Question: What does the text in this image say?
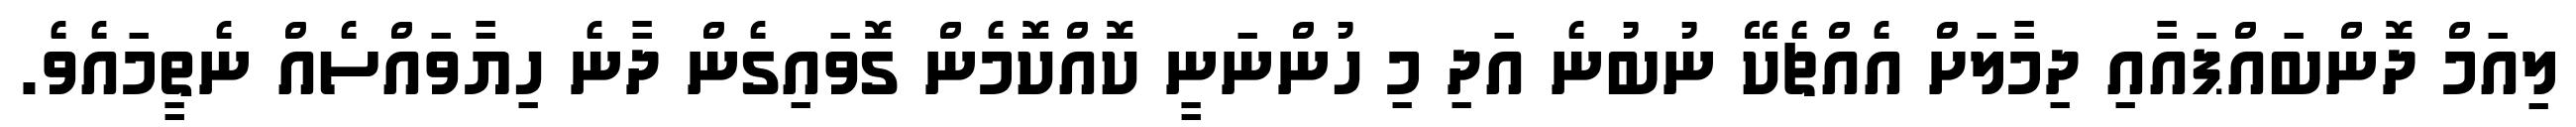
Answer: ލިއަމް ދޮންބައްޕައާއި ދިމާލަށް އެއްޗެކޭ ނުބުނެ އަދި މި ހުންނަނީ ކޮއްކޮމެން ގޮވައިގެން ދާނެ ހިޔާވައްސެއް ނެތީމައެވެ.